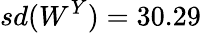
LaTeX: sd(W^{Y})=30.29